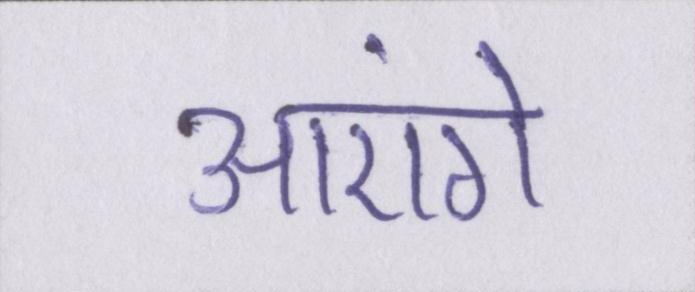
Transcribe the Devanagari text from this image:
आएंगे